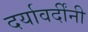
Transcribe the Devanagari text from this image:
दर्यावर्दींनी